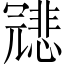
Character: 𠖤